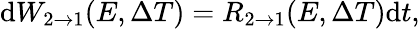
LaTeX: \mathrm{d}W_{2\rightarrow 1}(E,\Delta T)=R_{2\rightarrow 1}(E,\Delta T)\mathrm{d}t,